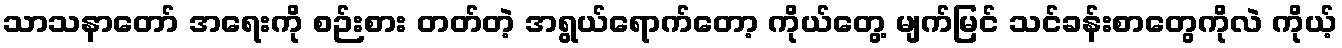
သာသနာတော် အရေးကို စဉ်းစား တတ်တဲ့ အရွယ်ရောက်တော့ ကိုယ်တွေ့ မျက်မြင် သင်ခန်းစာတွေကိုလဲ ကိုယ့်